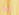
أنها